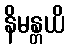
နိမန္တယိ